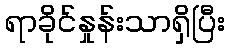
ရာခိုင်နှုန်းသာရှိပြီး